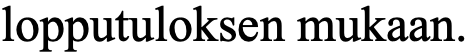
lopputuloksen mukaan.